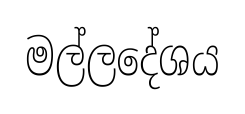
මල්ලදේශය